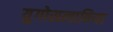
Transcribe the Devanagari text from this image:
युगोसलाविया